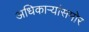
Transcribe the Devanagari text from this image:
अधिकार्‍यांसमोर